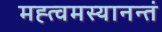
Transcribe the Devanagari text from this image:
मह्त्वमस्यानन्तं